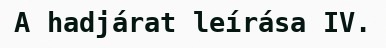
A hadjárat leírása IV.